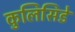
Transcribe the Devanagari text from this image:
कुलिसिडे